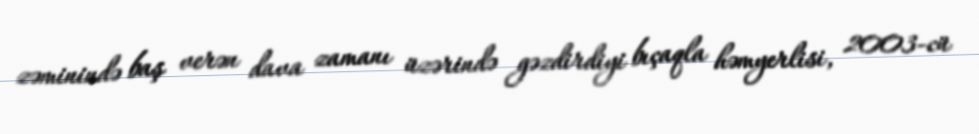
zəminində baş verən dava zamanı üzərində gəzdirdiyi bıçaqla həmyerlisi, 2003-cü